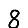
Digit: 8